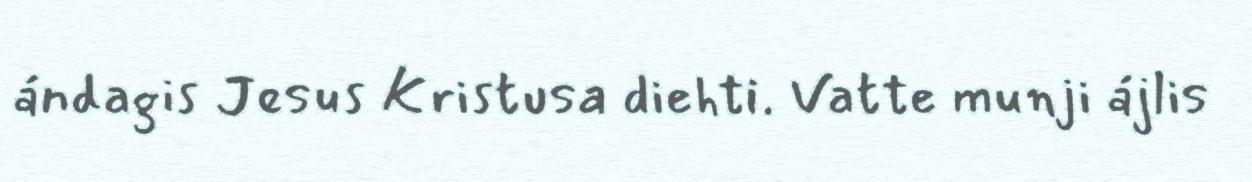
ándagis Jesus Kristusa diehti. Vatte munji ájlis